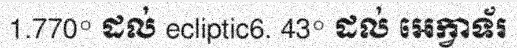
1.770° ដល់ ecliptic6. 43° ដល់ អេក្វាទ័រ